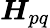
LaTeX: \boldsymbol{H}_{pq}